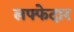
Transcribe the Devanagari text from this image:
लफ्फेदार